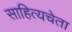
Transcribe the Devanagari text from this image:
साहित्यचेता